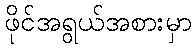
ဖိုင်အရွယ်အစားမှာ